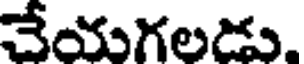
చేయగలడు.